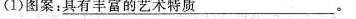
(1)图案:具有丰富的艺术特质______